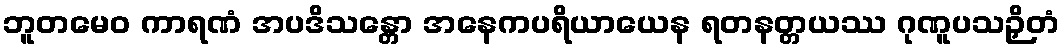
ဘူတမေဝ ကာရဏံ အပဒိသန္တော အနေကပရိယာယေန ရတနတ္တယဿ ဂုဏူပသဉှိတံ